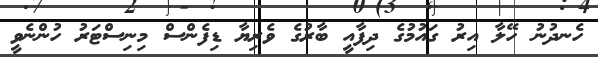
ހެނދުނު ހޭލާ އިރު ގައުމުގެ ދިފާއީ ބާރުގެ ވެރިޔާ ޑިފެންސް މިނިސްޓަރު ހުންނެވީ